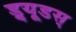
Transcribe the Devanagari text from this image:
ड्र्यूडस्